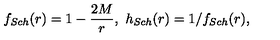
f _ { S c h } ( r ) = 1 - \frac { 2 M } { r } , \ h _ { S c h } ( r ) = 1 / f _ { S c h } ( r ) ,